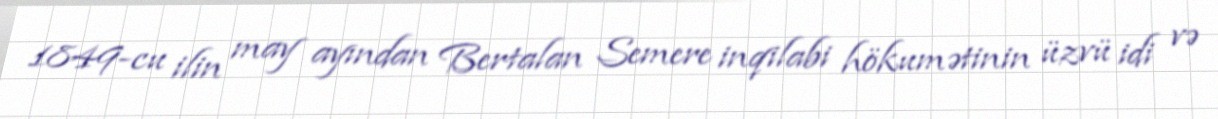
1849-cu ilin may ayından Bertalan Semere inqilabi hökumətinin üzvü idi və